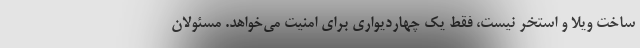
ساخت ویلا و استخر نیست، فقط یک چهاردیواری برای امنیت می‌خواهد. مسئولان